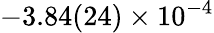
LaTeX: -3.84(24)\times 10^{-4}